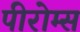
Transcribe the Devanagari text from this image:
पीरोम्स